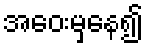
အဝေးမှနေ၍